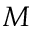
M